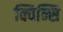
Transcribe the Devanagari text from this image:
क्विन्सि